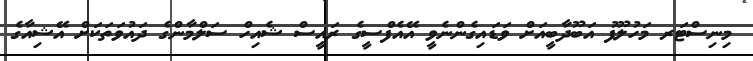
މިނިސްޓަރ މަހުލޫފު އަބޫދާބީއަށް ވަޑައިގެންނެވީ އޭއެފްސީގެ ރައީސް ޝެއިހް ސަލްމާންގެ ދައުވަތަކަށް އޭޝިއާގެ